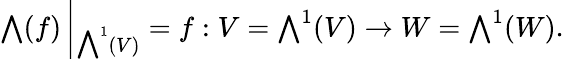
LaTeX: {\textstyle\bigwedge}(f)\left|_{{\textstyle\bigwedge}^{1}(V)}\right.=f:V={\textstyle\bigwedge}^{1}(V)\rightarrow W={\textstyle\bigwedge}^{1}(W).